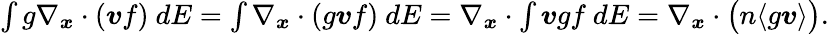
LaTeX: \begin{array}{r}{\int g\nabla_{\boldsymbol{x}}\cdot(\boldsymbol{v}f)\ dE=\int\nabla_{\boldsymbol{x}}\cdot(g\boldsymbol{v}f)\ dE=\nabla_{\boldsymbol{x}}\cdot\int\boldsymbol{v}gf\ dE=\nabla_{\boldsymbol{x}}\cdot\big(n\langle g\boldsymbol{v}\rangle\big).}\end{array}